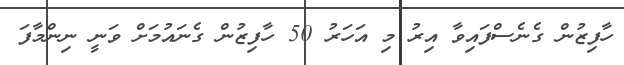
ހާފިޒުން ގެނެސްފައިވާ އިރު މި އަހަރު 50 ހާފިޒުން ގެނައުމަށް ވަނީ ނިންމާފަ